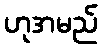
ဟုအမည်